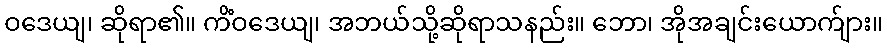
ဝဒေယျ၊ ဆိုရာ၏။ ကိံဝဒေယျ၊ အဘယ်သို့ဆိုရာသနည်း။ ဘော၊ အိုအချင်းယောက်ျား။